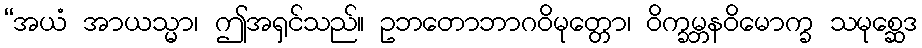
“အယံ အာယသ္မာ၊ ဤအရှင်သည်။ ဥဘတောဘာဂဝိမုတ္တော၊ ဝိက္ခမ္ဘနဝိမောက္ခ သမုစ္ဆေဒ